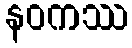
နဝကဿ